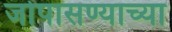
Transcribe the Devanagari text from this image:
जोपासण्याच्या